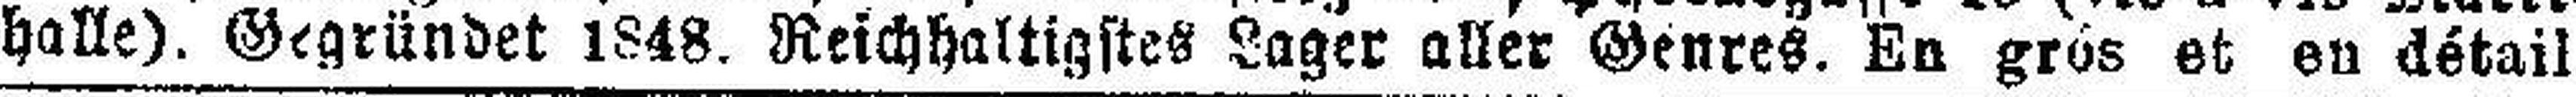
halle). Gegründet 1848. Reichhaltigstes Lager aller Genres. En grós et en détail.